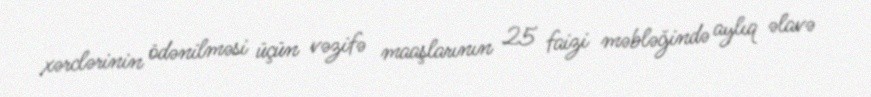
xərclərinin ödənilməsi üçün vəzifə maaşlarının 25 faizi məbləğində aylıq əlavə